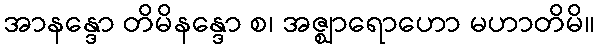
အာနန္ဒော တိမိနန္ဒော စ၊ အဇ္ဈာရောဟော မဟာတိမိ။